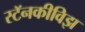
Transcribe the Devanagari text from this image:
स्टॅनकीविझ